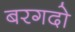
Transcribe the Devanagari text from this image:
बरगदो